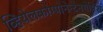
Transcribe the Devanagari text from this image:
व्हियेलकोम्पोनेन्टेनगेमिश